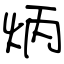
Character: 炳